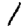
Digit: 1